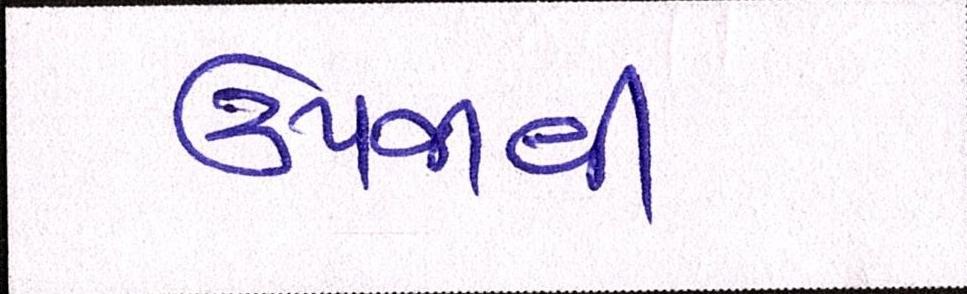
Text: ઉપજાવી